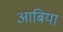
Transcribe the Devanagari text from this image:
आबिया